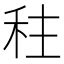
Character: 𮂿